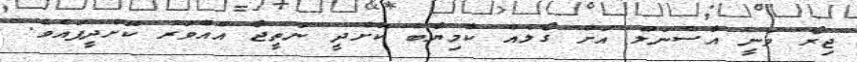
ޖިރޯ ވަނީ އާސެނަލް އަށް ގޯލެއް ކާމިޔާބް ކޮށްދީ ނަތީޖާ އެއްވަރު ކޮށްދީފައެވެ.